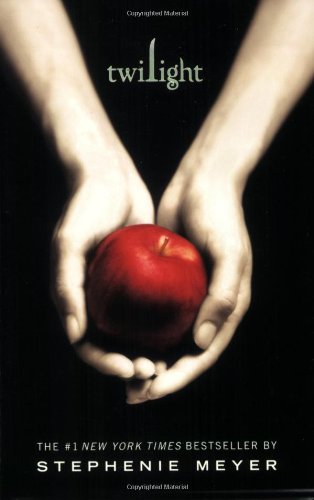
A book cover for Twilight (The Twilight Saga, Book 1); Stephenie Meyer; Teen & Young Adult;